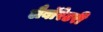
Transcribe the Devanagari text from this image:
लैबॉरेटरी